Report of the Indian Hemp Drugs Commission, 1894-1895 - Volume V
Year: 1894
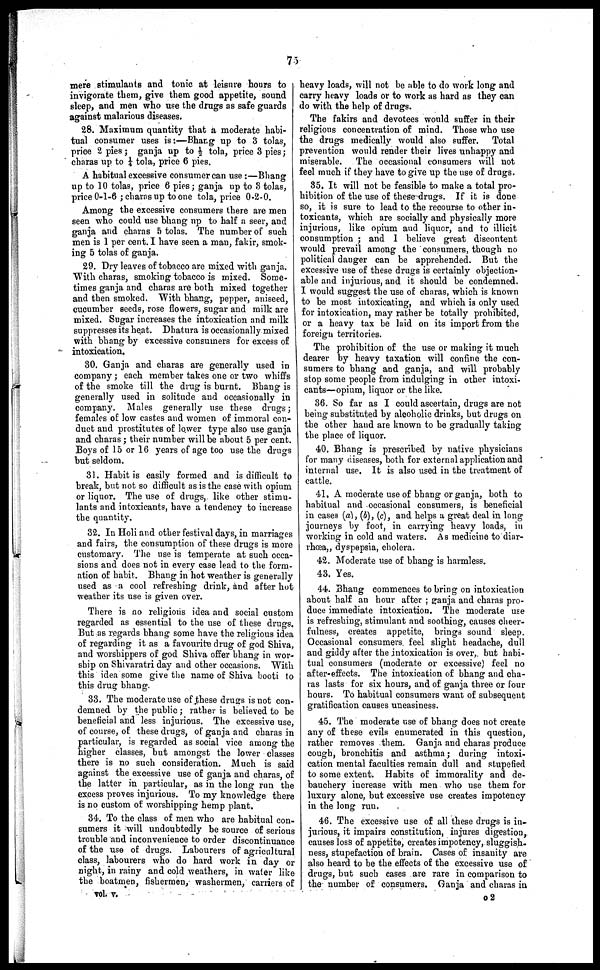
75
mere stimulants and tonic at leisure hours to
invigorate them, give them good appetite, sound
sleep, and men who use the drugs as safe guards
against malarious diseases.
28. Maximum quantity that a moderate habi-
tual consumer uses is:—Bhang up to 3 tolas,
price 2 pies ; ganja up to ½ tola, price 3 pies ;
charas up to ¼ tola, price 6 pies.
A habitual excessive consumer can use :—Bhang
up to 10 tolas, price 6 pies ; ganja up to 8 tolas,
price 0-1-6 ; charas up to one tola, price 0-2-0.
Among the excessive consumers there are men
seen who could use bhang up to half a seer, and
ganja and charas 5 tolas. The number of such
men is 1 per cent. I have seen a man, fakir, smok-
ing 5 tolas of ganja.
29. Dry leaves of tobacco are mixed with ganja.
With charas, smoking tobacco is mixed. Some-
times ganja and charas are both mixed together
and then smoked. With bhang, pepper, aniseed,
cucumber seeds, rose flowers, sugar and milk are
mixed. Sugar increases the intoxication and milk
suppresses its heat. Dhatura is occasionally mixed
with bhang by excessive consumers for excess of
intoxication.
30. Ganja and charas are generally used in
company ; each member takes one or two whiffs
of the smoke till the drug is burnt. Bhang is
generally used in solitude and occasionally in
company. Males generally use these drugs ;
females of low castes and women of immoral con-
duct and prostitutes of lower type also use ganja
and charas ; their number will be about 5 per cent.
Boys of 15 or 16 years of age too use the drugs
but seldom.
31. Habit is easily formed and is difficult to
break, but not so difficult as is the case with opium
or liquor. The use of drugs, like other stimu-
lants and intoxicants, have a tendency to increase
the quantity.
32. In Holi and other festival days, in marriages
and fairs, the consumption of these drugs is more
customary. The use is temperate at such occa-
sions and does not in every case lead to the form-
ation of habit. Bhang in hot weather is generally
used as a cool refreshing drink, and after hot
weather its use is given over.
There is no religious idea and social custom
regarded as essential to the use of these drugs.
But as regards bhang some have the religious idea
of regarding it as a favourite drug of god Shiva,
and worshippers of god Shiva offer bhang in wor-
ship on Shivaratri day and other occasions. With
this idea some give the name of Shiva booti to
this drug bhang.
33. The moderate use of these drugs is not con-
demned by the public ; rather is believed to be
beneficial and less injurious. The excessive use,
of course, of these drugs, of ganja and charas in
particular, is regarded as social vice among the
higher classes, but amongst the lower classes
there is no such consideration. Much is said
against the excessive use of ganja and charas, of
the latter in particular, as in the long run the
excess proves injurious. To my knowledge there
is no custom of worshipping hemp plant.
34. To the class of men who are habitual con-
sumers it will undoubtedly be source of serious
trouble and inconvenience to order discontinuance
of the use of drugs. Labourers of agricultural
class, labourers who do hard work in day or
night, in rainy and cold weathers, in water like
the boatmen, fishermen, washermen, carriers of
vol. V.
heavy loads, will not be able to do work long and
carry heavy loads or to work as hard as they can
do with the help of drugs.
The fakirs and devotees would suffer in their
religions concentration of mind. Those who use
the drugs medically would also suffer.
Total
prevention would render their lives unhappy and
miserable. The occasional consumers will not
feel much if they have to give up the use of drugs.
35. It will not be feasible to make a total pro-
hibition of the use of these drugs. If it is done
so, it is sure to lead to the recourse to other in-
toxicants, which are socially and physically more
injurious, like opium and liquor, and to illicit
consumption ; and I believe great discontent
would prevail among the consumers, though no
political danger can be apprehended. But the
excessive use of these drugs is certainly objection-
able and injurious, and it should be condemned.
I would suggest the use of charas, which is known
to be most intoxicating, and which is only used
for intoxication, may rather be totally prohibited,
or a heavy tax be laid on its import from the
foreign territories.
The prohibition of the use or making it much
dearer by heavy taxation will confine the con-
sumers to bhang and ganja, and will probably
stop some people from indulging in other intoxi-
cants—opium, liquor or the like.
36. So far as I could ascertain, drugs are not
being substituted by alcoholic drinks, but drugs on
the other hand are known to be gradually taking
the place of liquor.
40. Bhang is prescribed by native physicians
for many diseases, both for external application and
internal use. It is also used in the treatment of
cattle.
41. A moderate use of bhang or ganja, both to
habitual and occasional consumers, is beneficial
in cases (a), (b), (c), and helps a great deal in long
journeys by foot, in carrying heavy loads, in
working in cold and waters. As medicine to diar-
rhœa„ dyspepsia, cholera.
42. Moderate use of bhang is harmless.
43. Yes.
44. Bhang commences to bring on intoxication
about half an hour after ; ganja and charas pro-
duce immediate intoxication. The moderate use
is refreshing, stimulant and soothing, causes cheer-
fulness, creates appetite, brings sound sleep.
Occasional consumers feel slight headache, dull
and giddy after the intoxication is over, but habi-
tual consumers (moderate or excessive) feel no
after-effects. The intoxication of bhang and cha-
ras lasts for six hours, and of ganja three or four
hours. To habitual consumers want of subsequent
gratification causes uneasiness.
45. The moderate use of bhang does not create
any of these evils enumerated in this question,
rather removes them. Ganja and charas produce
cough, bronchitis and asthma; during intoxi-
cation mental faculties remain dull and stupefied
to some extent. Habits of immorality and de-
bauchery increase with men who use them for
luxury alone, but excessive use creates impotency
in the long run.
46. The excessive use of all these drugs is in-
jurious, it impairs constitution, injures digestion,
causes loss of appetite, creates impotency, sluggish-
ness, stupefaction of brain. Cases of insanity are
also heard to be the effects of the excessive use of
drugs, but such cases are rare in comparison to
the number of consumers. Ganja and charas in,
o2